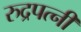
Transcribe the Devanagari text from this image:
रुद्रपत्नी